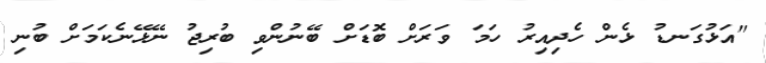
"އަޅުގަނޑު ޅެން ހެދިއިރު ހަމަ ވަރަށް ބޮޑަށް ބޭނުންވި ބުރިޖު ނޭޅޭނެކަމަށް ބުނި